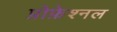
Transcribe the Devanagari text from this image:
प्रोफ़ेश्नल